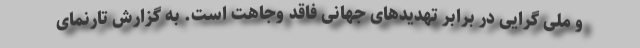
و ملی گرایی در برابر تهدیدهای جهانی فاقد وجاهت است. به گزارش تارنمای